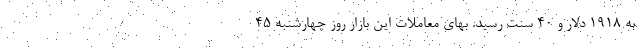
به ۱۹۱۸ دلار و ۴۰ سنت رسید. بهای معاملات این بازار روز چهارشنبه ۴۵